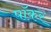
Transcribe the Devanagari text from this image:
पॉकर